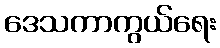
ဒေသကာကွယ်ရေး